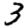
Digit: 3